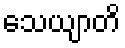
သေယျာတိ